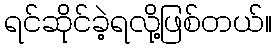
ရင်ဆိုင်ခဲ့ရလို့ဖြစ်တယ်။